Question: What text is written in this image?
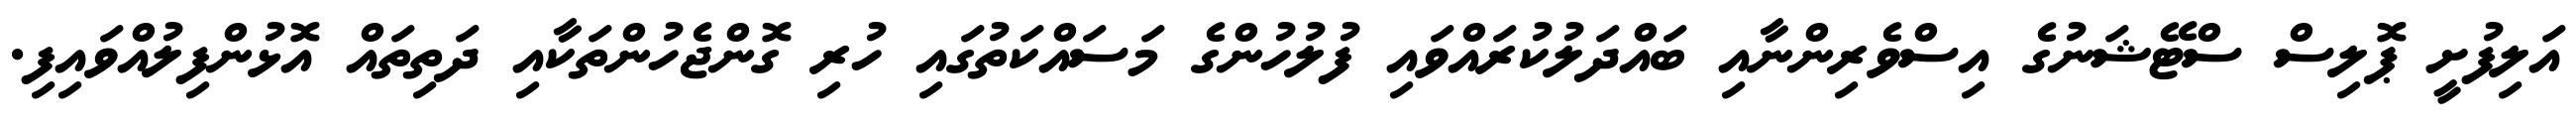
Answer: އަލިފުށީ ޕޮލިސް ސްޓޭޝަނުގެ އިސްވެރިންނާއި ބައްދަލުކުރައްވައި ފުލުހުންގެ މަސައްކަތުގައި ހުރި ގޮންޖެހުންތަކާއި ދަތިތައް އޮޅުންފިލުއްވައިފި.